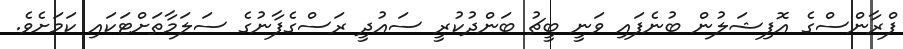
ފްރާންސްގެ އޮފިޝަލުން ބުނެފައި ވަނީ ބީޗު ބަންދުކުރީ ސައުދީ ރަސްގެފާނުގެ ސަލަމާތަށްޓަކައި ކަމަށެވެ.